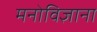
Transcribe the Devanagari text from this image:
मनोविज्ञाना